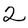
Character: 2